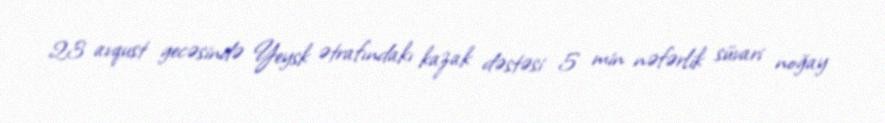
23 avqust gecəsində Yeysk ətrafındakı kazak dəstəsi 5 min nəfərlik süvari noğay